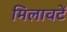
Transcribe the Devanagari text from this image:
मिलावटें